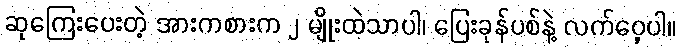
ဆုကြေးပေးတဲ့ အားကစားက ၂ မျိုးထဲသာပါ၊ ပြေးခုန်ပစ်နဲ့ လက်ဝှေ့ပါ။